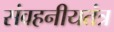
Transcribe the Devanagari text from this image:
संवहनीयतंत्र